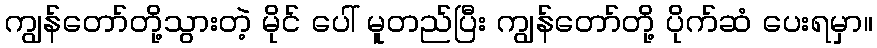
ကျွန်တော်တို့သွားတဲ့ မိုင် ပေါ် မူတည်ပြီး ကျွန်တော်တို့ ပိုက်ဆံ ပေးရမှာ။